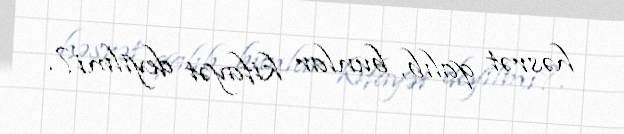
həsrət qalıb, bunlar kifayət deyilmi?.